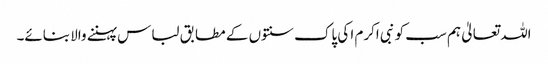
اللہ تعالیٰ ہم سب کو نبی اکرم ا کی پاک سنتوں کے مطابق لباس پہننے والا بنائے۔